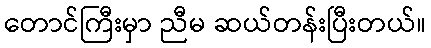
တောင်ကြီးမှာ ညီမ ဆယ်တန်းပြီးတယ်။